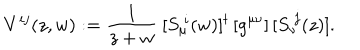
V ^ { i j } ( z , w ) : = { \frac { 1 } { z + w } } \ [ S _ { \mu } ^ { \ i } ( w ) ] ^ { t } \, [ g ^ { \mu \nu } ] \, [ S _ { \nu } ^ { \ j } ( z ) ] .